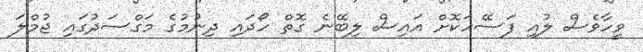
ވީހާވެސް ލުއި ފަސޭހަކޮށް އައިސް ލިބޭނެ ގޮތް ހޯދައި ދިނުމުގެ މަގްސަދުގައި ޖުމްލަ